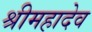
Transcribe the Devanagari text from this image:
श्रीमहादेव